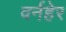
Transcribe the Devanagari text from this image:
वर्नहेर